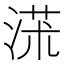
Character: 𣸃